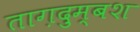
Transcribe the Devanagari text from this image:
ताग़दुम्बश